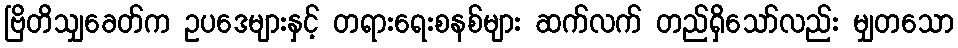
ဗြိတိသျှခေတ်က ဥပဒေများနှင့် တရားရေးစနစ်များ ဆက်လက် တည်ရှိသော်လည်း မျှတသော